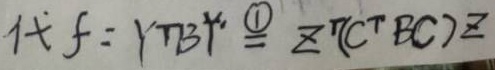
代\[f = \lambda\boldsymbol{\alpha},\boldsymbol{\alpha}\neq \overline{0} \xleftarrow[]{k\in \mathbb{Z}}\]